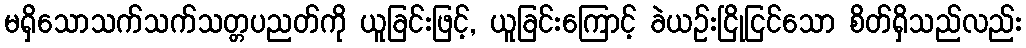
မရှိသောသက်သက်သတ္တပညတ်ကို ယူခြင်းဖြင့်, ယူခြင်းကြောင့် ခဲယဉ်းငြိုငြင်သော စိတ်ရှိသည်လည်း